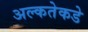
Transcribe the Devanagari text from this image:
अल्कतेकडे